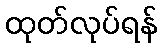
ထုတ်လုပ်ရန်